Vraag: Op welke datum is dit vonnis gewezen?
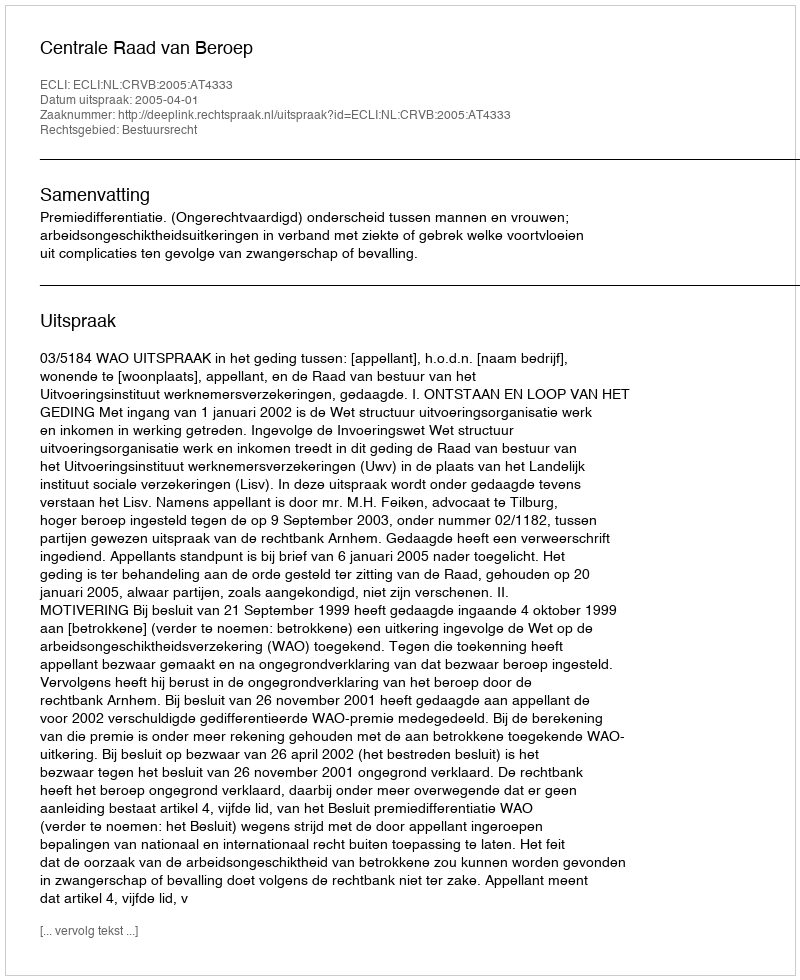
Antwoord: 2005-04-01